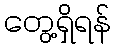
တွေ့ရှိရန်